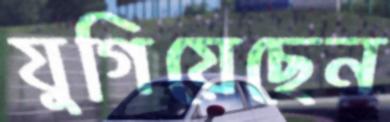
যুগিয়েছেন